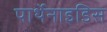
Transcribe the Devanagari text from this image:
पार्थेनाइडिस